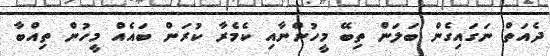
ދެއަތް ނަގައިގެން ބަލަން ތިބޭ މީހުންނާއި ކެމެރާ ކުރަން ބައެއް މީހުން ތިއްބާ